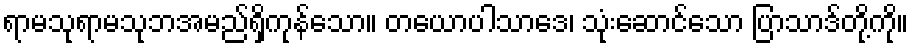
ရာမသုရာမသုဘအမည်ရှိကုန်သော။ တယောပါသာဒေ၊ သုံးဆောင်သော ပြာသာဒ်တို့ကို။